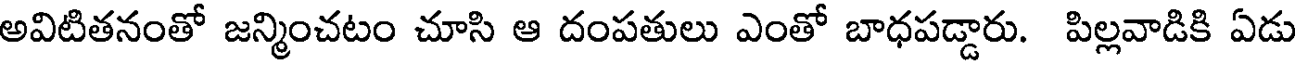
అవిటితనంతో జన్మించటం చూసి ఆ దంపతులు ఎంతో బాధపడ్డారు. పిల్లవాడికి ఏడు